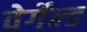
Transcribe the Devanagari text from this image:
वेर्गेल्ड